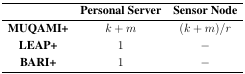
<table><thead><tr><td></td><td><b>Personal Server</b></td><td><b>Sensor Node</b></td></tr></thead><tbody><tr><td><b>MUQAMI+</b></td><td><i>k</i> + <i>m</i></td><td>(<i>k</i> + <i>m</i>)<i>/r</i></td></tr><tr><td><b>LEAP+</b></td><td>1</td><td>−</td></tr><tr><td><b>BARI+</b></td><td>1</td><td>−</td></tr></tbody></table>